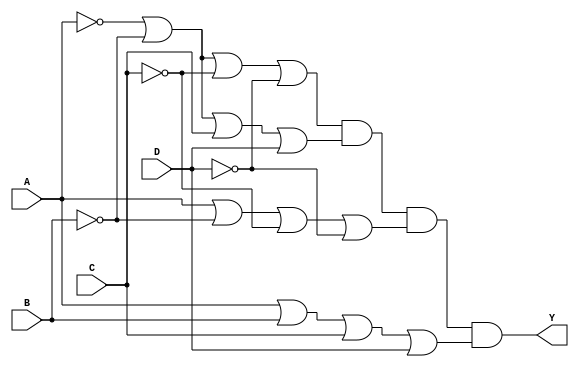
module pos_simplification (
    input wire A, // Input variable A
    input wire B, // Input variable B
    input wire C, // Input variable C
    input wire D, // Input variable D
    output wire Y // Output Y representing the POS expression
);

// Define the sum terms based on the minterms
// Example minterms for the function (A'B'C'D + A'B'CD + AB'C'D' + ABCD)
// Corresponding sum terms:
// Minterm 0: A' + B' + C' + D' (for A=0, B=0, C=0, D=0)
// Minterm 1: A' + B' + C + D (for A=0, B=0, C=1, D=1)
// Minterm 3: A + B' + C' + D' (for A=1, B=0, C=0, D=0)
// Minterm 15: A + B + C + D (for A=1, B=1, C=1, D=1)

// Sum terms
wire sum_term_0; // A' + B' + C' + D'
wire sum_term_1; // A' + B' + C + D
wire sum_term_3; // A + B' + C' + D'
wire sum_term_15; // A + B + C + D

// Create the sum terms using OR gates
assign sum_term_0 = ~A | ~B | ~C | ~D; // A' + B' + C' + D'
assign sum_term_1 = ~A | ~B | C | D;  // A' + B' + C + D
assign sum_term_3 = A | ~B | ~C | ~D;  // A + B' + C' + D'
assign sum_term_15 = A | B | C | D;    // A + B + C + D

// Final output Y is the AND of all the sum terms
assign Y = sum_term_0 & sum_term_1 & sum_term_3 & sum_term_15; // (A' + B' + C' + D')(A' + B' + C + D)(A + B' + C' + D')(A + B + C + D)

endmodule